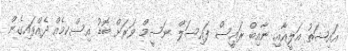
އައިޝަތު އަލީއާއި ނާއިބް ރައީސް ފައިސަލް ނަސީމް ވަރަށް ބޮޑު އިސްކމެއް ދެއްވައިގެން